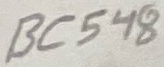
Text: BC548